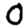
Digit: 0